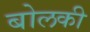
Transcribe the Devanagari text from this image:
बोलकी